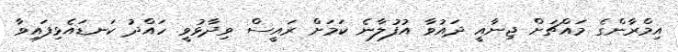
އިމްރާންގެ މައްޗަށް ޖިނާއީ ދައުވާ އުފުލާނެ ކަމަށް ރައީސް ވިދާޅުވީ ހައްދު ކަނޑައެޅިފައިވާ